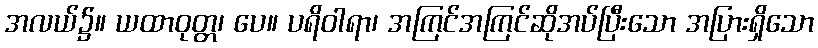
အလယ်၌။ ယထာဝုတ္တ၊ ပေ။ ပရိဝါရာ၊ အကြင်အကြင်ဆိုအပ်ပြီးသော အပြားရှိသော